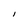
Character: l